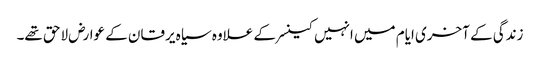
زندگی کے آخری ایام میں انہیں کینسر کے علاوہ سیاہ یرقان کے عوارض لاحق تھے۔